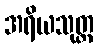
အရိယသုတ္တ